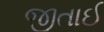
જીતાઈ